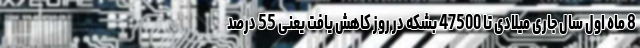
8 ماه اول سال جاری میلادی تا 47500 بشکه در روز کاهش یافت یعنی 55 درصد